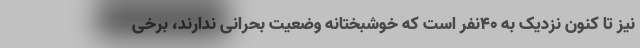
نیز تا کنون نزدیک به ۴۰نفر است که خوشبختانه وضعیت بحرانی ندارند، برخی